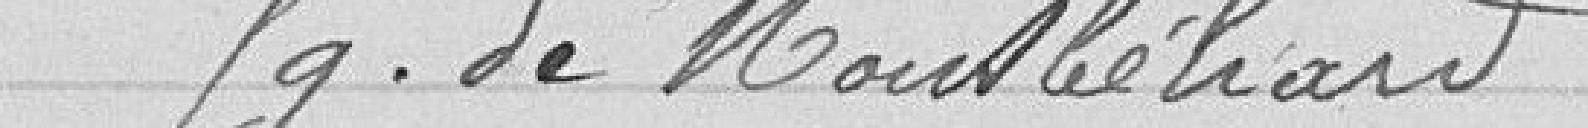
faubourg de Montbéliard